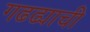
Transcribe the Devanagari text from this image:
गढढ्याची